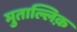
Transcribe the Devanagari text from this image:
मुताल्लिक़